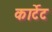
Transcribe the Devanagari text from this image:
कार्टेट